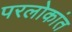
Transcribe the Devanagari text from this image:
परलोकांत